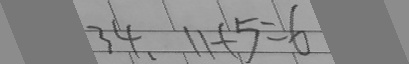
3 4 . 1 1 + 5 = 6